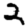
Digit: 2